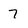
Character: 7